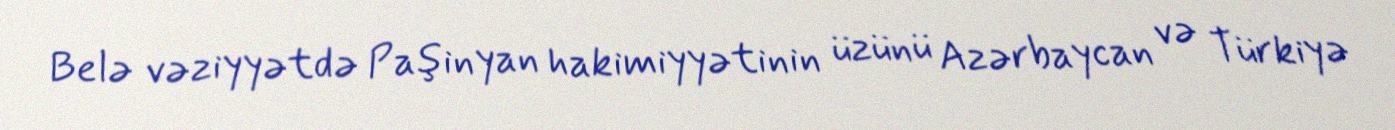
Belə vəziyyətdə Paşinyan hakimiyyətinin üzünü Azərbaycan və Türkiyə